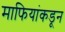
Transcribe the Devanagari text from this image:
माफियांकडून